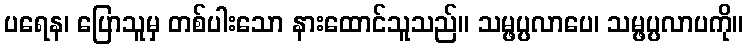
ပရေန၊ ပြောသူမှ တစ်ပါးသော နားထောင်သူသည်။ သမ္ဖပ္ပလာပေ၊ သမ္ဖပ္ပလာပကို။